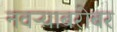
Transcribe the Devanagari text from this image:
नवऱ्याबरोबर